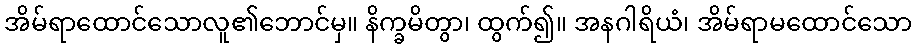
အိမ်ရာထောင်သောလူ၏ဘောင်မှ။ နိက္ခမိတွာ၊ ထွက်၍။ အနဂါရိယံ၊ အိမ်ရာမထောင်သော